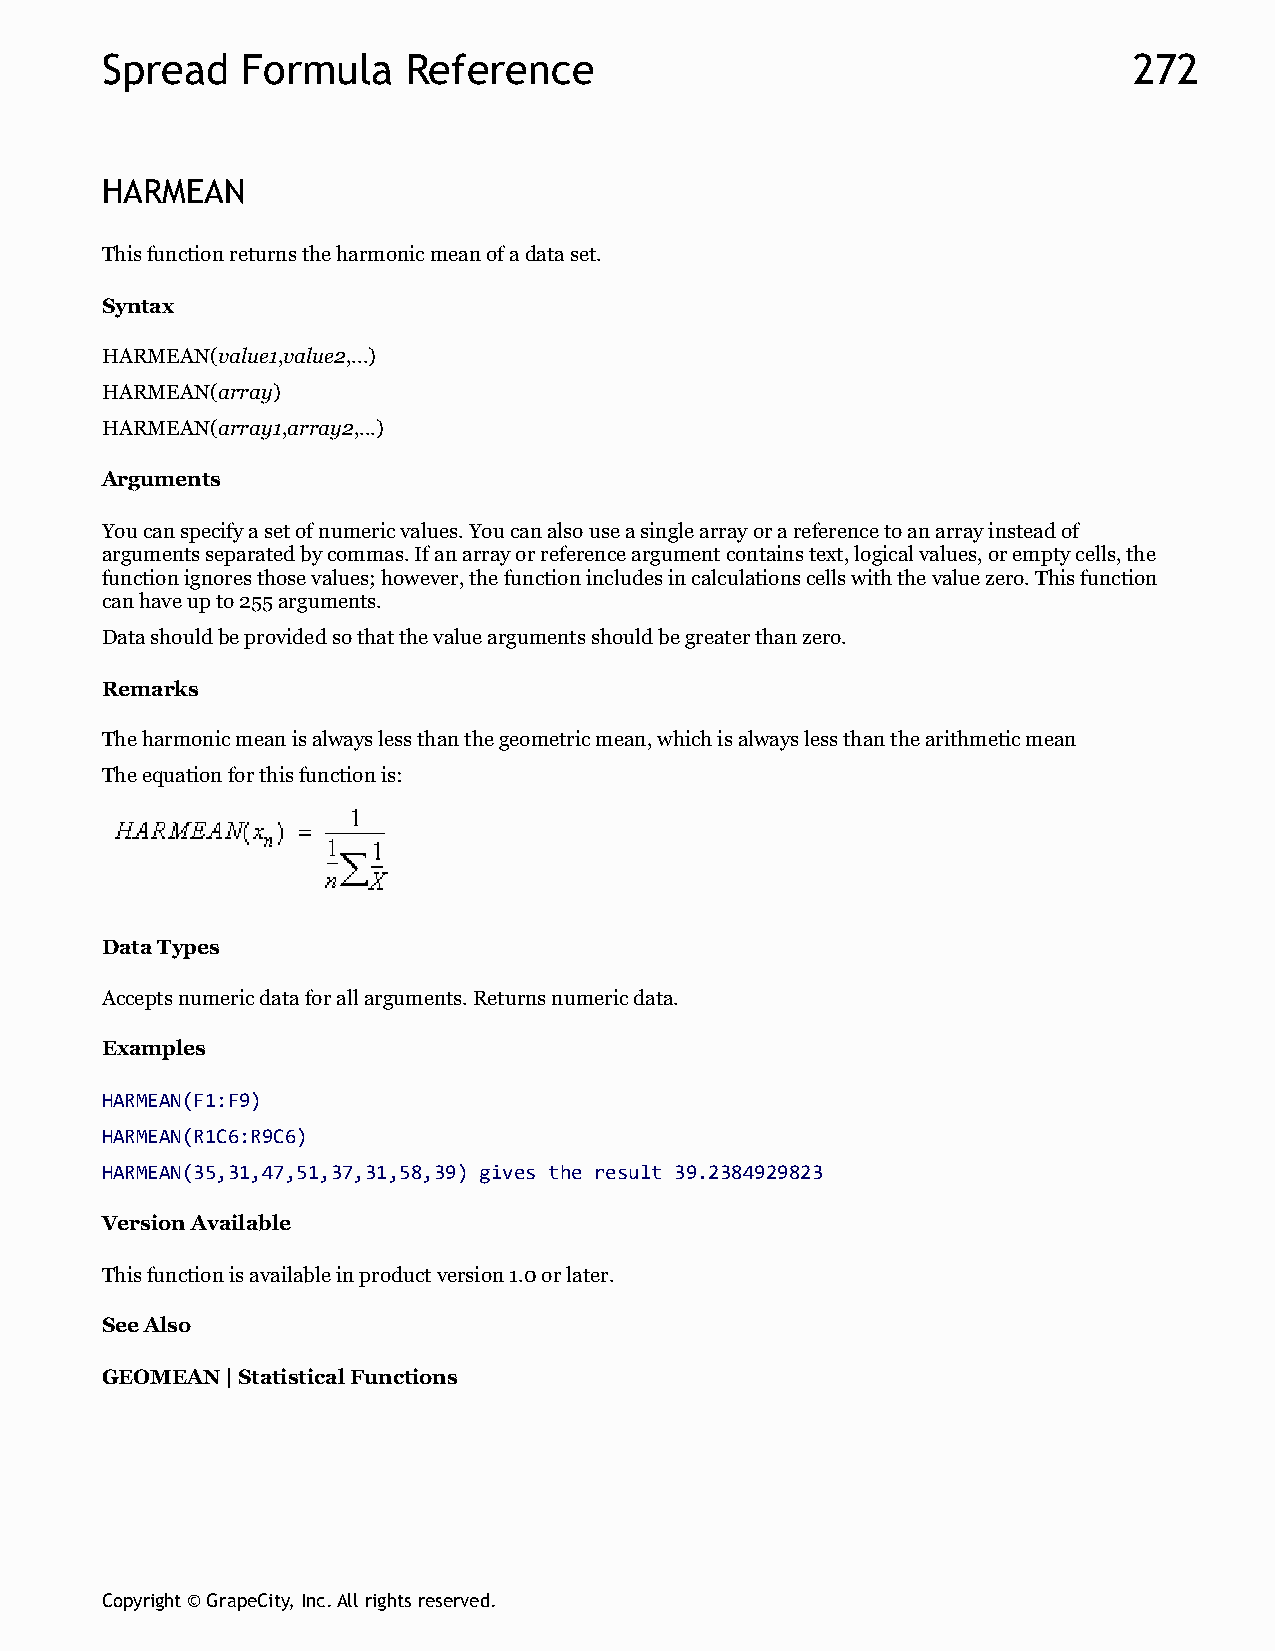
Spread   Formula    Reference                                       272
 HARMEAN
 This function returns the harmonic mean of a data set.
 Syntax
 HARMEAN(value1,value2,...)
 HARMEAN(array)
 HARMEAN(array1,array2,...)
 Arguments
 You can specify a set of numeric values. You can also use a single array or a reference to an array instead of
 arguments separated by commas. If an array or reference argument contains text, logical values, or empty cells, the
 function ignores those values; however, the function includes in calculations cells with the value zero. This function
 can have up to 255 arguments.
 Data should be provided so that the value arguments should be greater than zero.
 Remarks
 The harmonic mean is always less than the geometric mean, which is always less than the arithmetic mean
 The equation for this function is:
 Data Types
 Accepts numeric data for all arguments. Returns numeric data.
 Examples
 HARMEAN(F1:F9)
 HARMEAN(R1C6:R9C6)
 HARMEAN(35,31,47,51,37,31,58,39) gives the result 39.2384929823
 Version Available
 This function is available in product version 1.0 or later.
 See Also
 GEOMEAN | Statistical Functions
 Copyright © GrapeCity, Inc. All rights reserved.